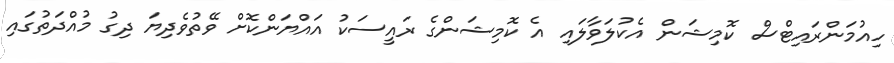
ހިއުމަންރައިޓްސް ކޮމިޝަން އެކުލަވާލައި އެ ކޮމިޝަންގެ ރައީސަކު އައްޔަންކޮށް ވޭތުވެދިޔަ ދިގު މުއްދަތުގައި